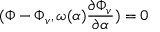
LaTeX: ( \Phi - \Phi _ { v } , \omega ( \alpha ) { \frac { \partial \Phi _ { v } } { \partial \alpha } } ) = 0